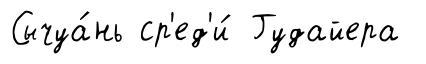
Сычуа́нь ср'ед'и́ Гудайера